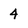
Character: 4